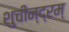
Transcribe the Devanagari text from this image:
शुचीन्द्रम्